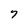
Character: 7